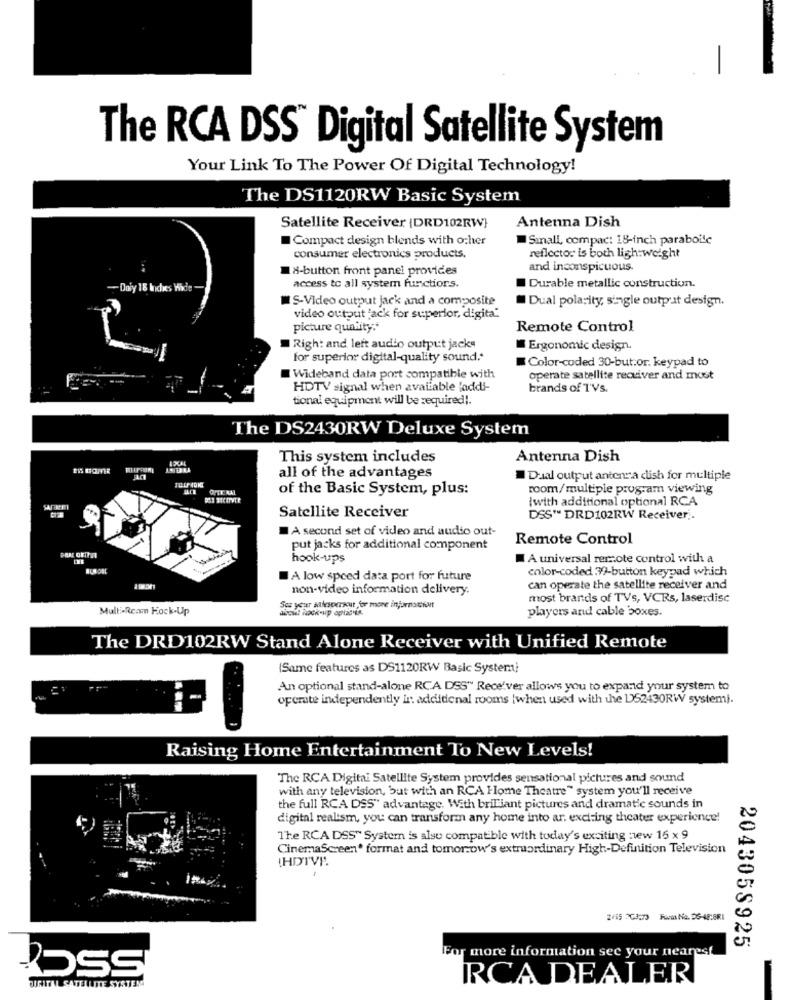
The RCA DSS Digital Satellite System
Your Link To The Power Of Digital Technology!
The DS1120RW Basic System
Satellite Receiver (DRD102RW}
Antenna Dish
Compact design blends with ocher
Sinall, compac: 18-inch parabolic
consumer electronics products.
reflector is both lightweight
18-button front panel provides
and inconspicuous.
Dory 18 Inches
access to all system functions.
Durable metallic construction.
IS-Video output jack and a composite
Dual polarity, single output design.
video output "ack for superior, digita"
picture quality .*
Remote Control
Righ: and left audio output jacks
Ergonomic design.
for superior digital-quality sound .*
Color-coded 30-but.or. keypad to
Wideband data port compatible with
operate satellite receiver and most
HDTV signal when available faddi-
brands of T'Vs.
tional equipment will be required !.
The DS2430RW Deluxe System
This system includes
Antenna Dish
all of the advantages
Dual output antenna dish for multiple
OFTE RAL
of the Basic System, plus:
room/multiple program viewing
Iwith additional optional RCA
Satellite Receiver
DSS" DRD102RW Receiver ..
A second set of video and audio out-
Remote Control
put jacks for additional component
hook-ups
A universal remote control with a
color-coded 37-button keypad which
A low speed data port for future
non-video information delivery.
can operate the satellite receiver and
most brands of TVs, VCRs, laserdisc
Multi-Rcam Kock-Up
See your salesperxcut for more injornathat
players and cable boxes.
The DRD102RW Stand Alone Receiver with Unified Remote
Same features as DS1120RW Basic Systemni
An optional stand-alone RCA DSS" Rece'ver allows you to expand your system to
operate independently in addiidenal rooms |when used with the 152430RW systemi.
Raising Home Entertainment To New Levels!
The RCA Digitai Satellite System provides sensational pictures and sound
with any television, but with an RCA Home Theatre" system you'll receive
the full RCA DSS" advantage. With brilliant pictures and dramatic sounds in
digital realism, you can transform any home into ar. exciting theater experience!
The RCA DSS" System is also compatible with today's exciting new 15 x 9
CinemaScreen. format and tomorrow's extraordinary High-Definition Television
Fuchs No. DG-48:881
2043058925
For more information see your nearest
POSS
RCA DEALER
DIGITAL SATELLITE SYSTEM